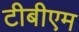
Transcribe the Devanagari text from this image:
टीबीएम